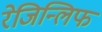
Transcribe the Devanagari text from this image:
रेजिन्लिफ